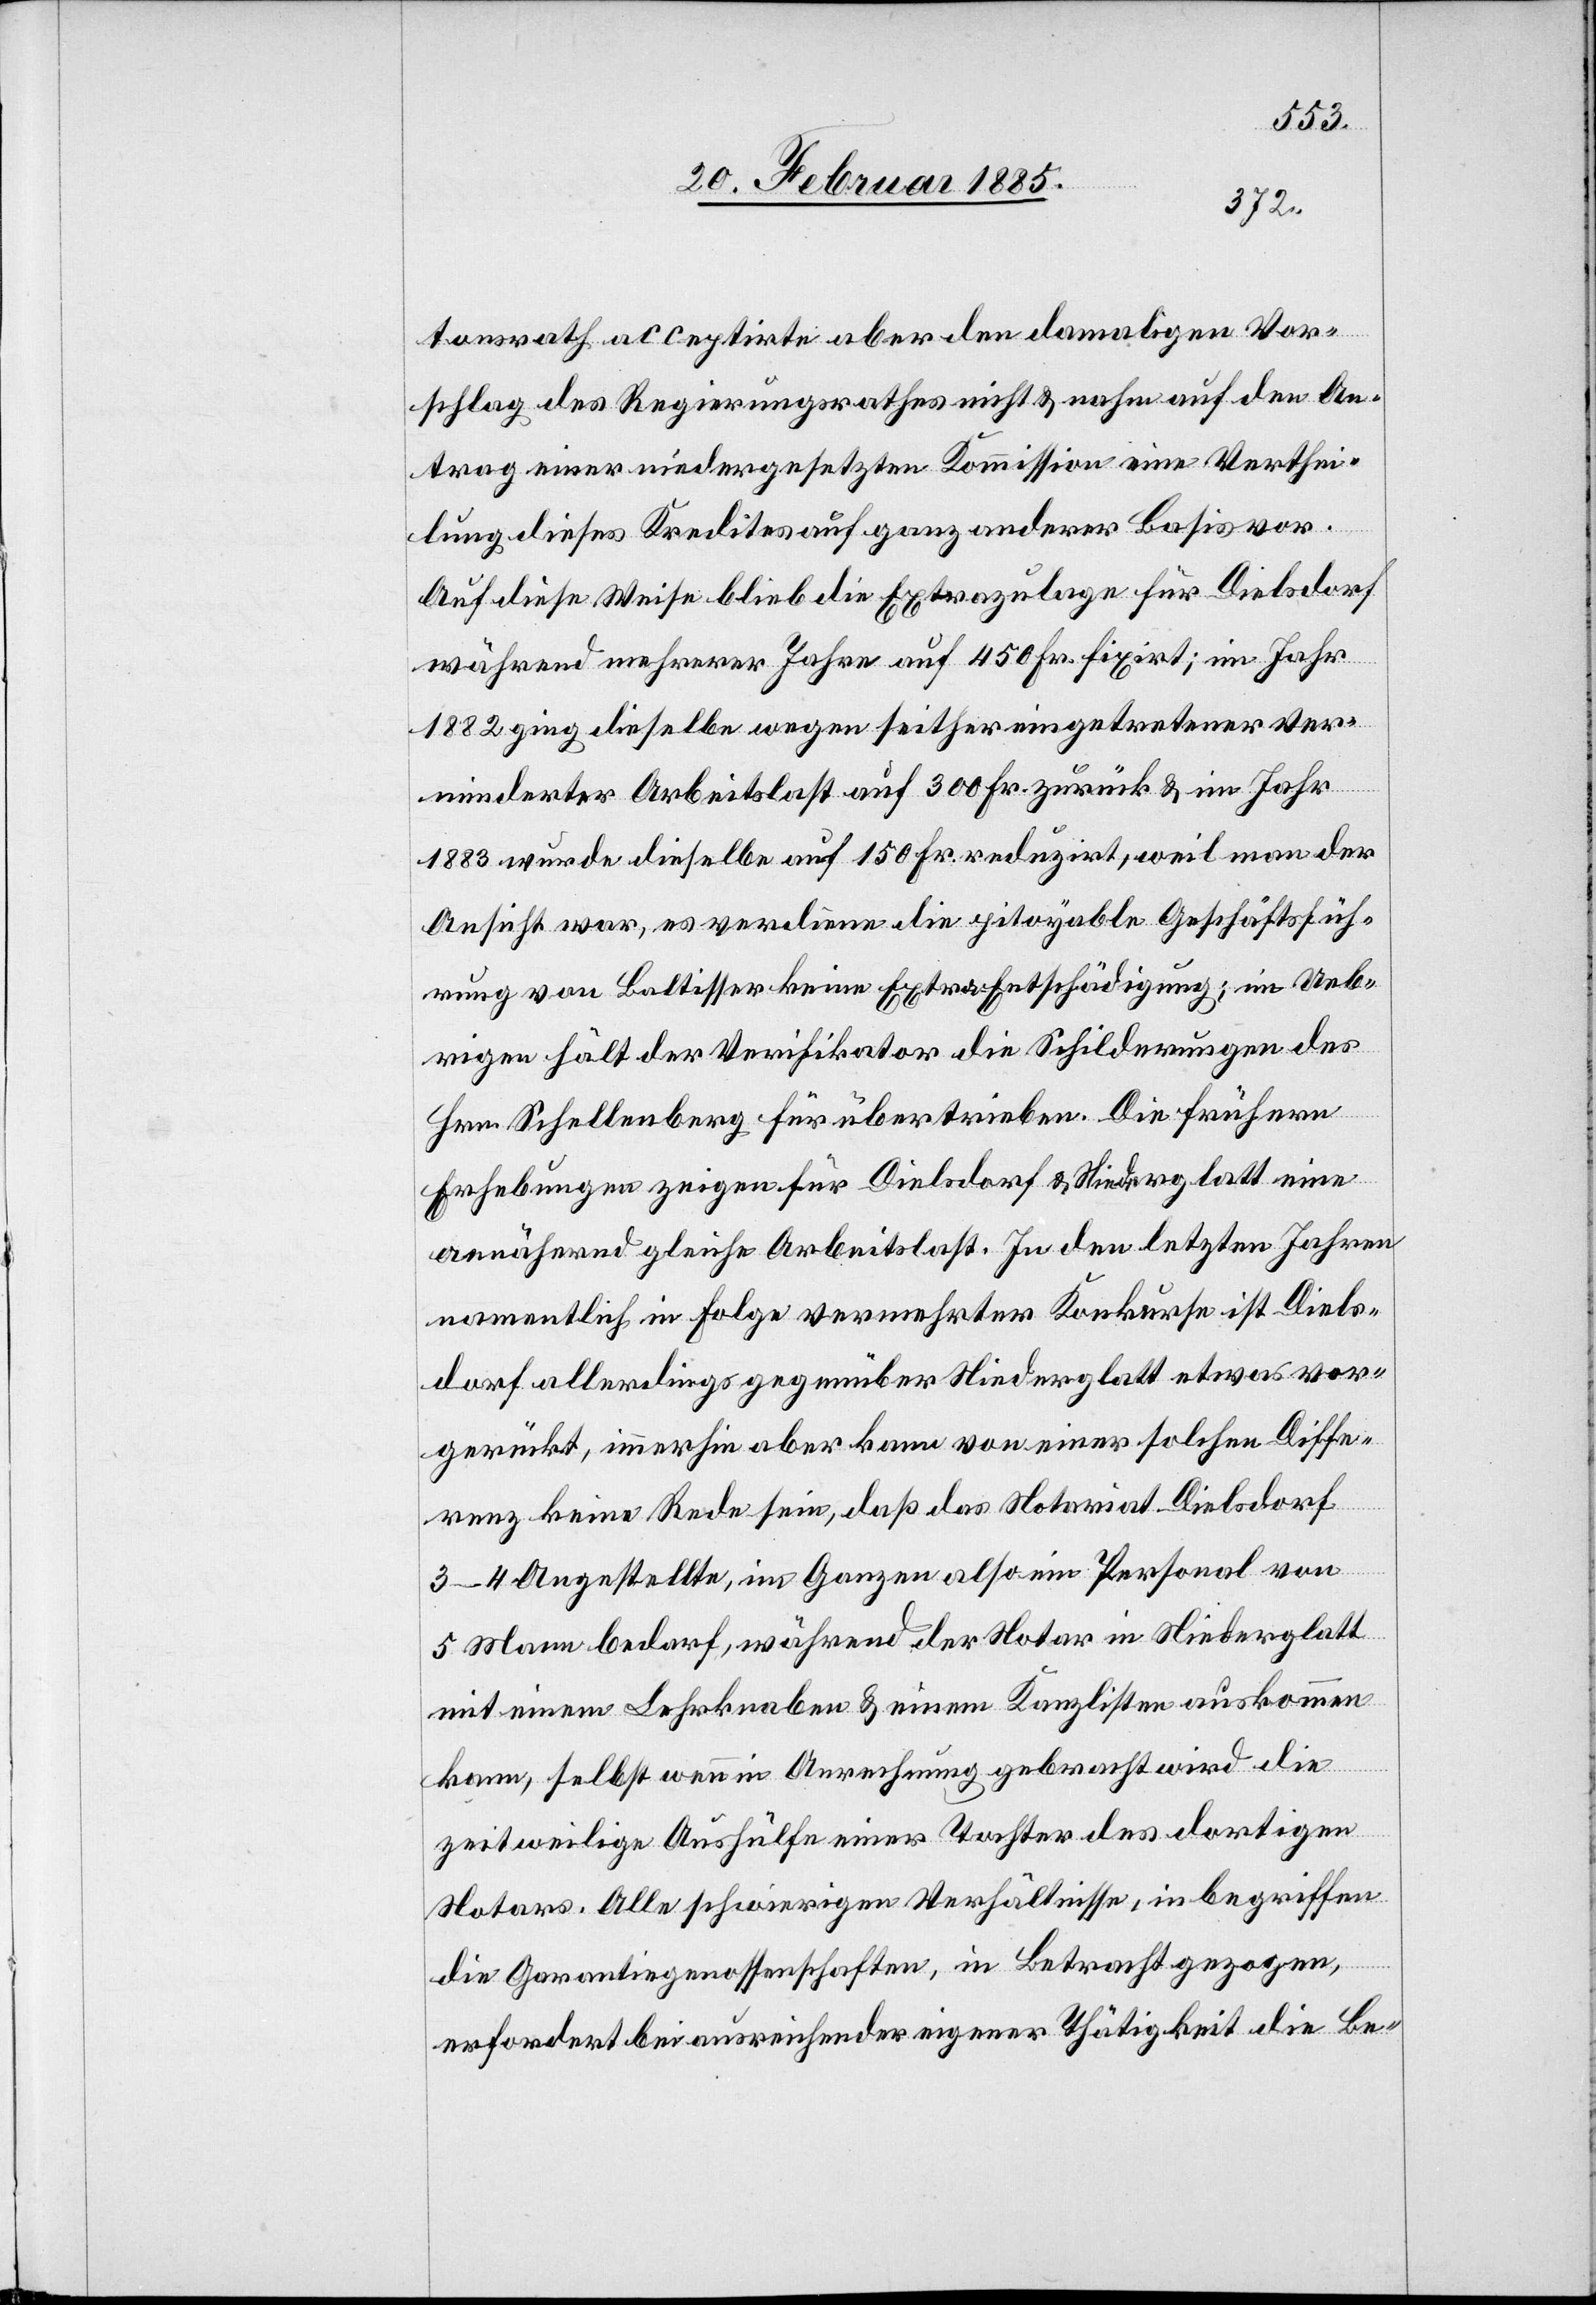
tonsrath acceptirte aber den damaligen Vor¬
schlag des Regierungsrathes nicht & nahm auf den An¬
trag einer niedergesetzten Kommission eine Verthei¬
lung dieses Kredites auf ganz anderer Basis vor.
Auf diese Weise blieb die Extrazulage für Dielsdorf
während mehrerer Jahren auf 450 Fr. fixirt; im Jahr
1882 wurde dieselbe auf 150 Fr. reduzirt, weil man der
Ansicht war, es verdiene die pitoyable Geschäftsfüh¬
rung vom Baltisser keine Extra-Entschädigung; im Ueb¬
rigen hält der Verifikator die Schilderungen des
Hrn. Schellenberg für übertrieben. Die frühern
Erhebungen zeigen für Dielsdorf & Niederglatt eine
annähernd gleiche Arbeitslast. In den letzten Jahren
namentlich in Folge vermehrter Konkurse ist Diels¬
dorf allerdings gegenüber Niederglatt etwas vor¬
gerückt, immerhin aber kann von einer solche Diffe¬
renz keine Rede sein, daß das Notariat Dielsdorf
3–4 Angestellte, im Ganzen also ein Personal von
5 Mann bedarf, während der Notar in Niederglatt
mit einem Lehrknaben & einem Kanzlisten auskommen
kann, selbst wenn in Anrechnung gebracht wird die
zeitweilige Aushülfe einer Tochter des dortigen
Notars. Alle schwierigen Verhältnisse, inbegriffen
die Garantiegenossenschaften, in Betracht gezogen,
erfordert bei ausreichender eigener Thätigkeit die Be-